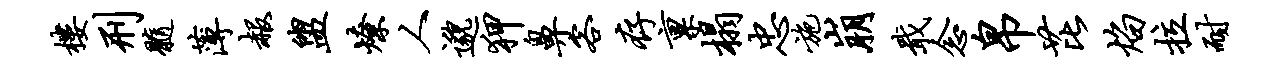
楼刑髓薄赧盥燎人邈狎鼻客存禀榻忠施崩戢念帛芘焰拉耐